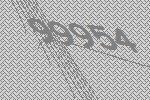
99954